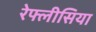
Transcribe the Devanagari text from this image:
रेफ्लीसिया